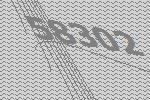
58302